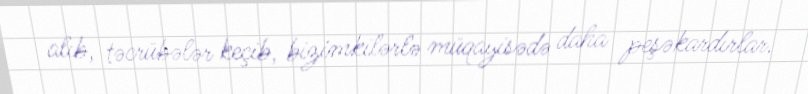
alıb, təcrübələr keçib, bizimkilərlə müqayisədə daha peşəkardırlar.